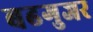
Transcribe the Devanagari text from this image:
बढगुजर